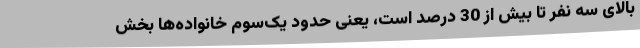
بالای سه نفر تا بیش از 30 درصد است، یعنی حدود یک‌سوم خانواده‌ها بخش